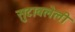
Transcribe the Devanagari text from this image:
सुटावलेली